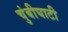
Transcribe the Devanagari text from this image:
चुंबीघाटी